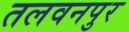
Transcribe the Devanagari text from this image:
तलवनपुर